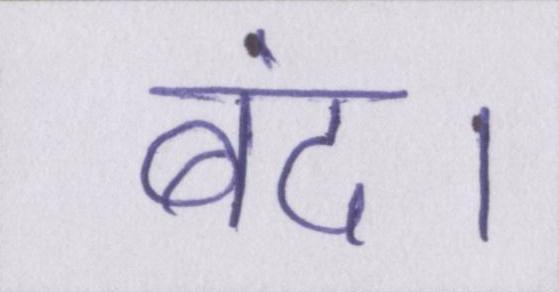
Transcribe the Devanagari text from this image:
बंद।